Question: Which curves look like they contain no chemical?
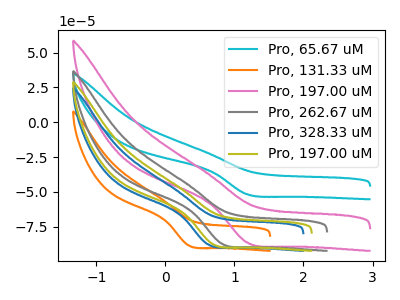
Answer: <think>The cyan curve "Pro, 65.67 uM" has a cathodic peak at: (1.20V, -51.60uA). The orange curve "Pro, 131.33 uM" has a cathodic peak at: (0.35V, -88.20uA). The pink curve "Pro, 197.00 uM" has a cathodic peak at: (1.20V, -86.15uA). The gray curve "Pro, 262.67 uM" has a cathodic peak at: (0.80V, -87.00uA). The blue curve "Pro, 328.33 uM" has a cathodic peak at: (0.60V, -87.50uA). The olive curve "Pro, 197.00 uM" has a cathodic peak at: (0.70V, -87.30uA).</think>
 <answer>There are not any CV's on this graph that are likely to be blanks.</answer>
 <eval>none</eval>